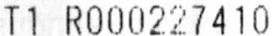
T1 R000227410